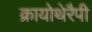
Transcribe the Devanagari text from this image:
क्रायोथेरैपी